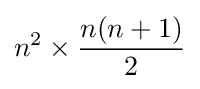
n^{2}\times {\frac {n(n+1)}{2}}